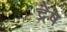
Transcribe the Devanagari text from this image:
द्रेष